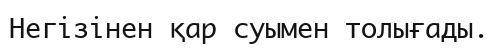
Негізінен қар суымен толығады.